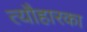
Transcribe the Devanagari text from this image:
त्यौहारका